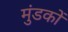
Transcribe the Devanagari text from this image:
मुंडकों